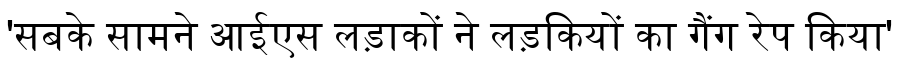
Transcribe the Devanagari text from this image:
'सबके सामने आईएस लड़ाकों ने लड़कियों का गैंग रेप किया'